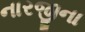
નારજીના